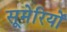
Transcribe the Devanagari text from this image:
सूमेरियों